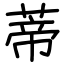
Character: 蒂